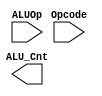
`timescale 1ns / 1ps

module alu_control(
  output reg[2:0] ALU_Cnt,
  input [1:0] ALUOp,
  input [3:0] Opcode
);


wire [5:0] ALUControlIn;
assign ALUControlIn = {ALUOp,Opcode};

// ALU CNT CASES

endmodule